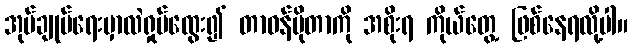
အုပ်ချုပ်ရေးမှာလဲရှုပ်ထွေး၍ တာဝန်ပိုတာကို အစိုးရ ကိုယ်တွေ့ ဖြစ်နေရလို့ပါ။